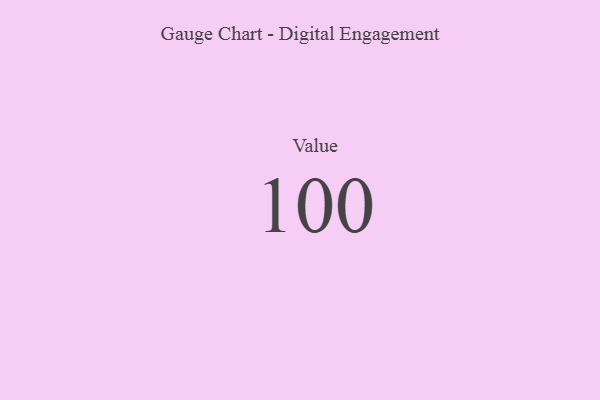
{"axis": {"x": "Metric", "y": "Value"}, "legend": [""], "data": [{"x": "Value", "y": 100, "type": ""}]}